Indian journal of veterinary science and animal husbandry - Volume 12,
Year: 1942
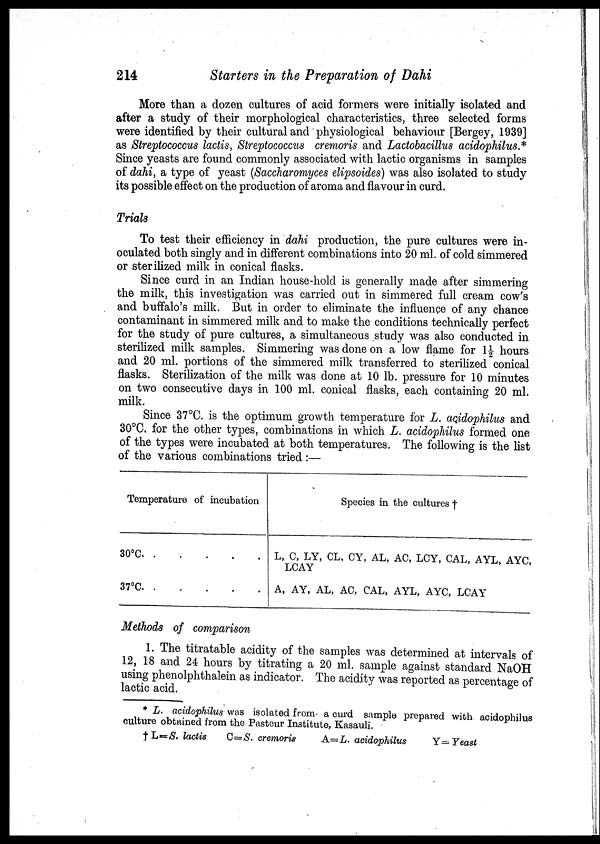
214
Starters in the Preparation of Dahi
More than a dozen cultures of acid formers were initially isolated and
after a study of their morphological characteristics, three selected forms
were identified by their cultural and physiological behaviour [Bergey, 1939]
as Streptococcus lactis, Streptococcus cremoris and Lactobacillus acidophilus.*
Since yeasts are found commonly associated with lactic organisms in samples
of dahi, a type of yeast (Saccharomyces elipsoides) was also isolated to study
its possible effect on the production of aroma and flavour in curd.
Trials
To test their efficiency in dahi production, the pure cultures were in-
oculated both singly and in different combinations into 20 ml. of cold simmered
or sterilized milk in conical flasks.
Since curd in an Indian house-hold is generally made after simmering
the milk, this investigation was carried out in simmered full cream cow's
and buffalo's milk. But in order to eliminate the influence of any chance
contaminant in simmered milk and to make the conditions technically perfect
for the study of pure cultures, a simultaneous study was also conducted in
sterilized milk samples. Simmering was done on a low flame for 1½ hours
and 20 ml. portions of the simmered milk transferred to sterilized conical
flasks. Sterilization of the milk was done at 10 lb. pressure for 10 minutes
on two consecutive days in 100 ml. conical flasks, each containing 20 ml.
milk.
Since 37°C. is the optimum growth temperature for L. acidophilus and
30°C. for the other types, combinations in which L. acidophilus formed one
of the types were incubated at both temperatures. The following is the list
of the various combinations tried:—
Temperature of incubation
30°C.
.
.
.
.
.
37°C.
.
.
.
.
.
Species in the cultures †
L, C, LY, CL, CY, AL, AC, LCY, CAL, AYL, AYC,
LCAY
A, AY, AL, AC, CAL, AYL, AYC, LCAY
Methods of comparison
1. The titratable acidity of the samples was determined at intervals of
12, 18 and 24 hours by titrating a 20 ml. sample against standard NaOH
using phenolphthalein as indicator. The acidity was reported as percentage of
lactic acid.
* L. acidophilus was isolated from a curd sample prepared with acidophilus
culture obtained from the Pasteur Institute, Kasauli.
† L=S. lactis C—S. cremoris
A=L. acidophilus
Y— Yeast